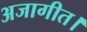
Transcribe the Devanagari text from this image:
अजागीत।